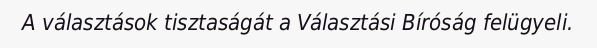
A választások tisztaságát a Választási Bíróság felügyeli.